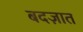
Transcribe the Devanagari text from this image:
बदज़ात